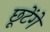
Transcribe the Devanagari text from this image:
छूटेंगे